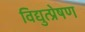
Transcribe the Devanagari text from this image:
विद्युत्प्रेषण